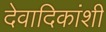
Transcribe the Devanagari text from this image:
देवादिकांशी